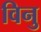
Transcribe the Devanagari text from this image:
विनु